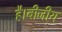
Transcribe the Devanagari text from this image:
है।बीजीय